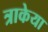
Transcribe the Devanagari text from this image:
त्राकेया